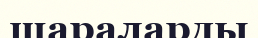
шараларды